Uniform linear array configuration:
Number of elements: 64
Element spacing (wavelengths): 0.75
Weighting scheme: hann
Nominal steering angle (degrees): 30
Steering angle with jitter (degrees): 29.167
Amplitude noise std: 0.05
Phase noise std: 0.05

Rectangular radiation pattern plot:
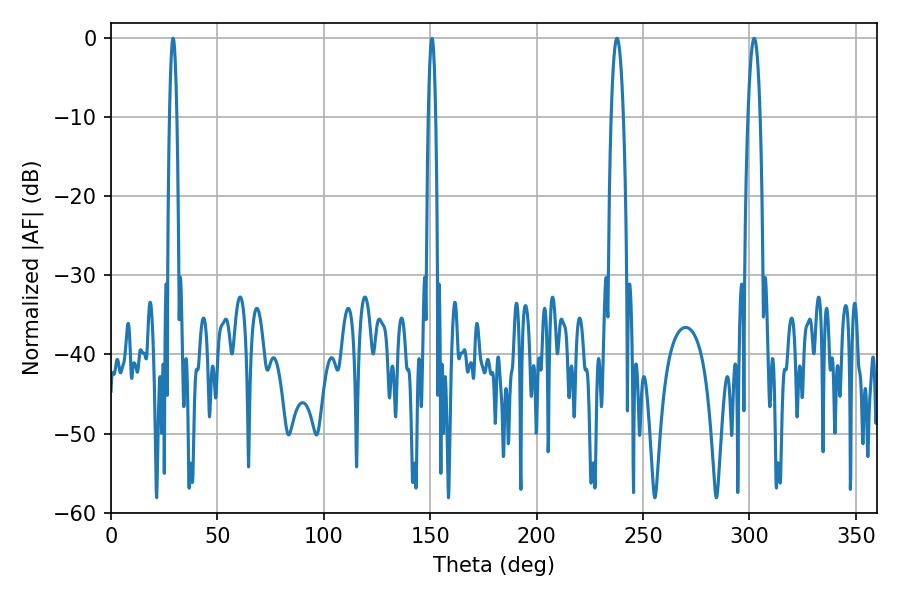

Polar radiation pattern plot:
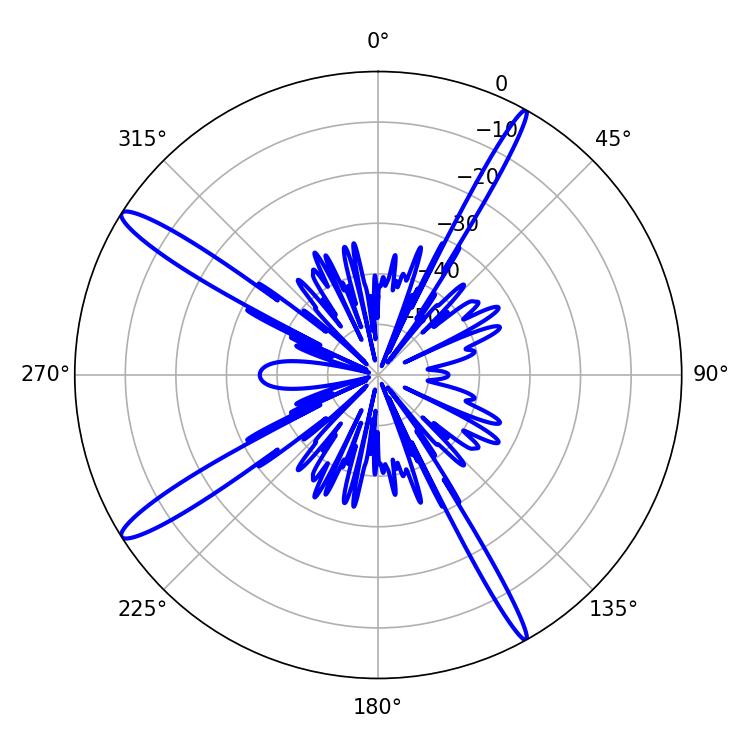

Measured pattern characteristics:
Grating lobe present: TRUE
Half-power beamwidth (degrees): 3.24
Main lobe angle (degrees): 237.78